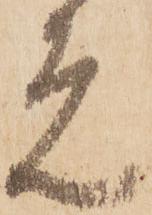
元